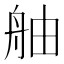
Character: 舳